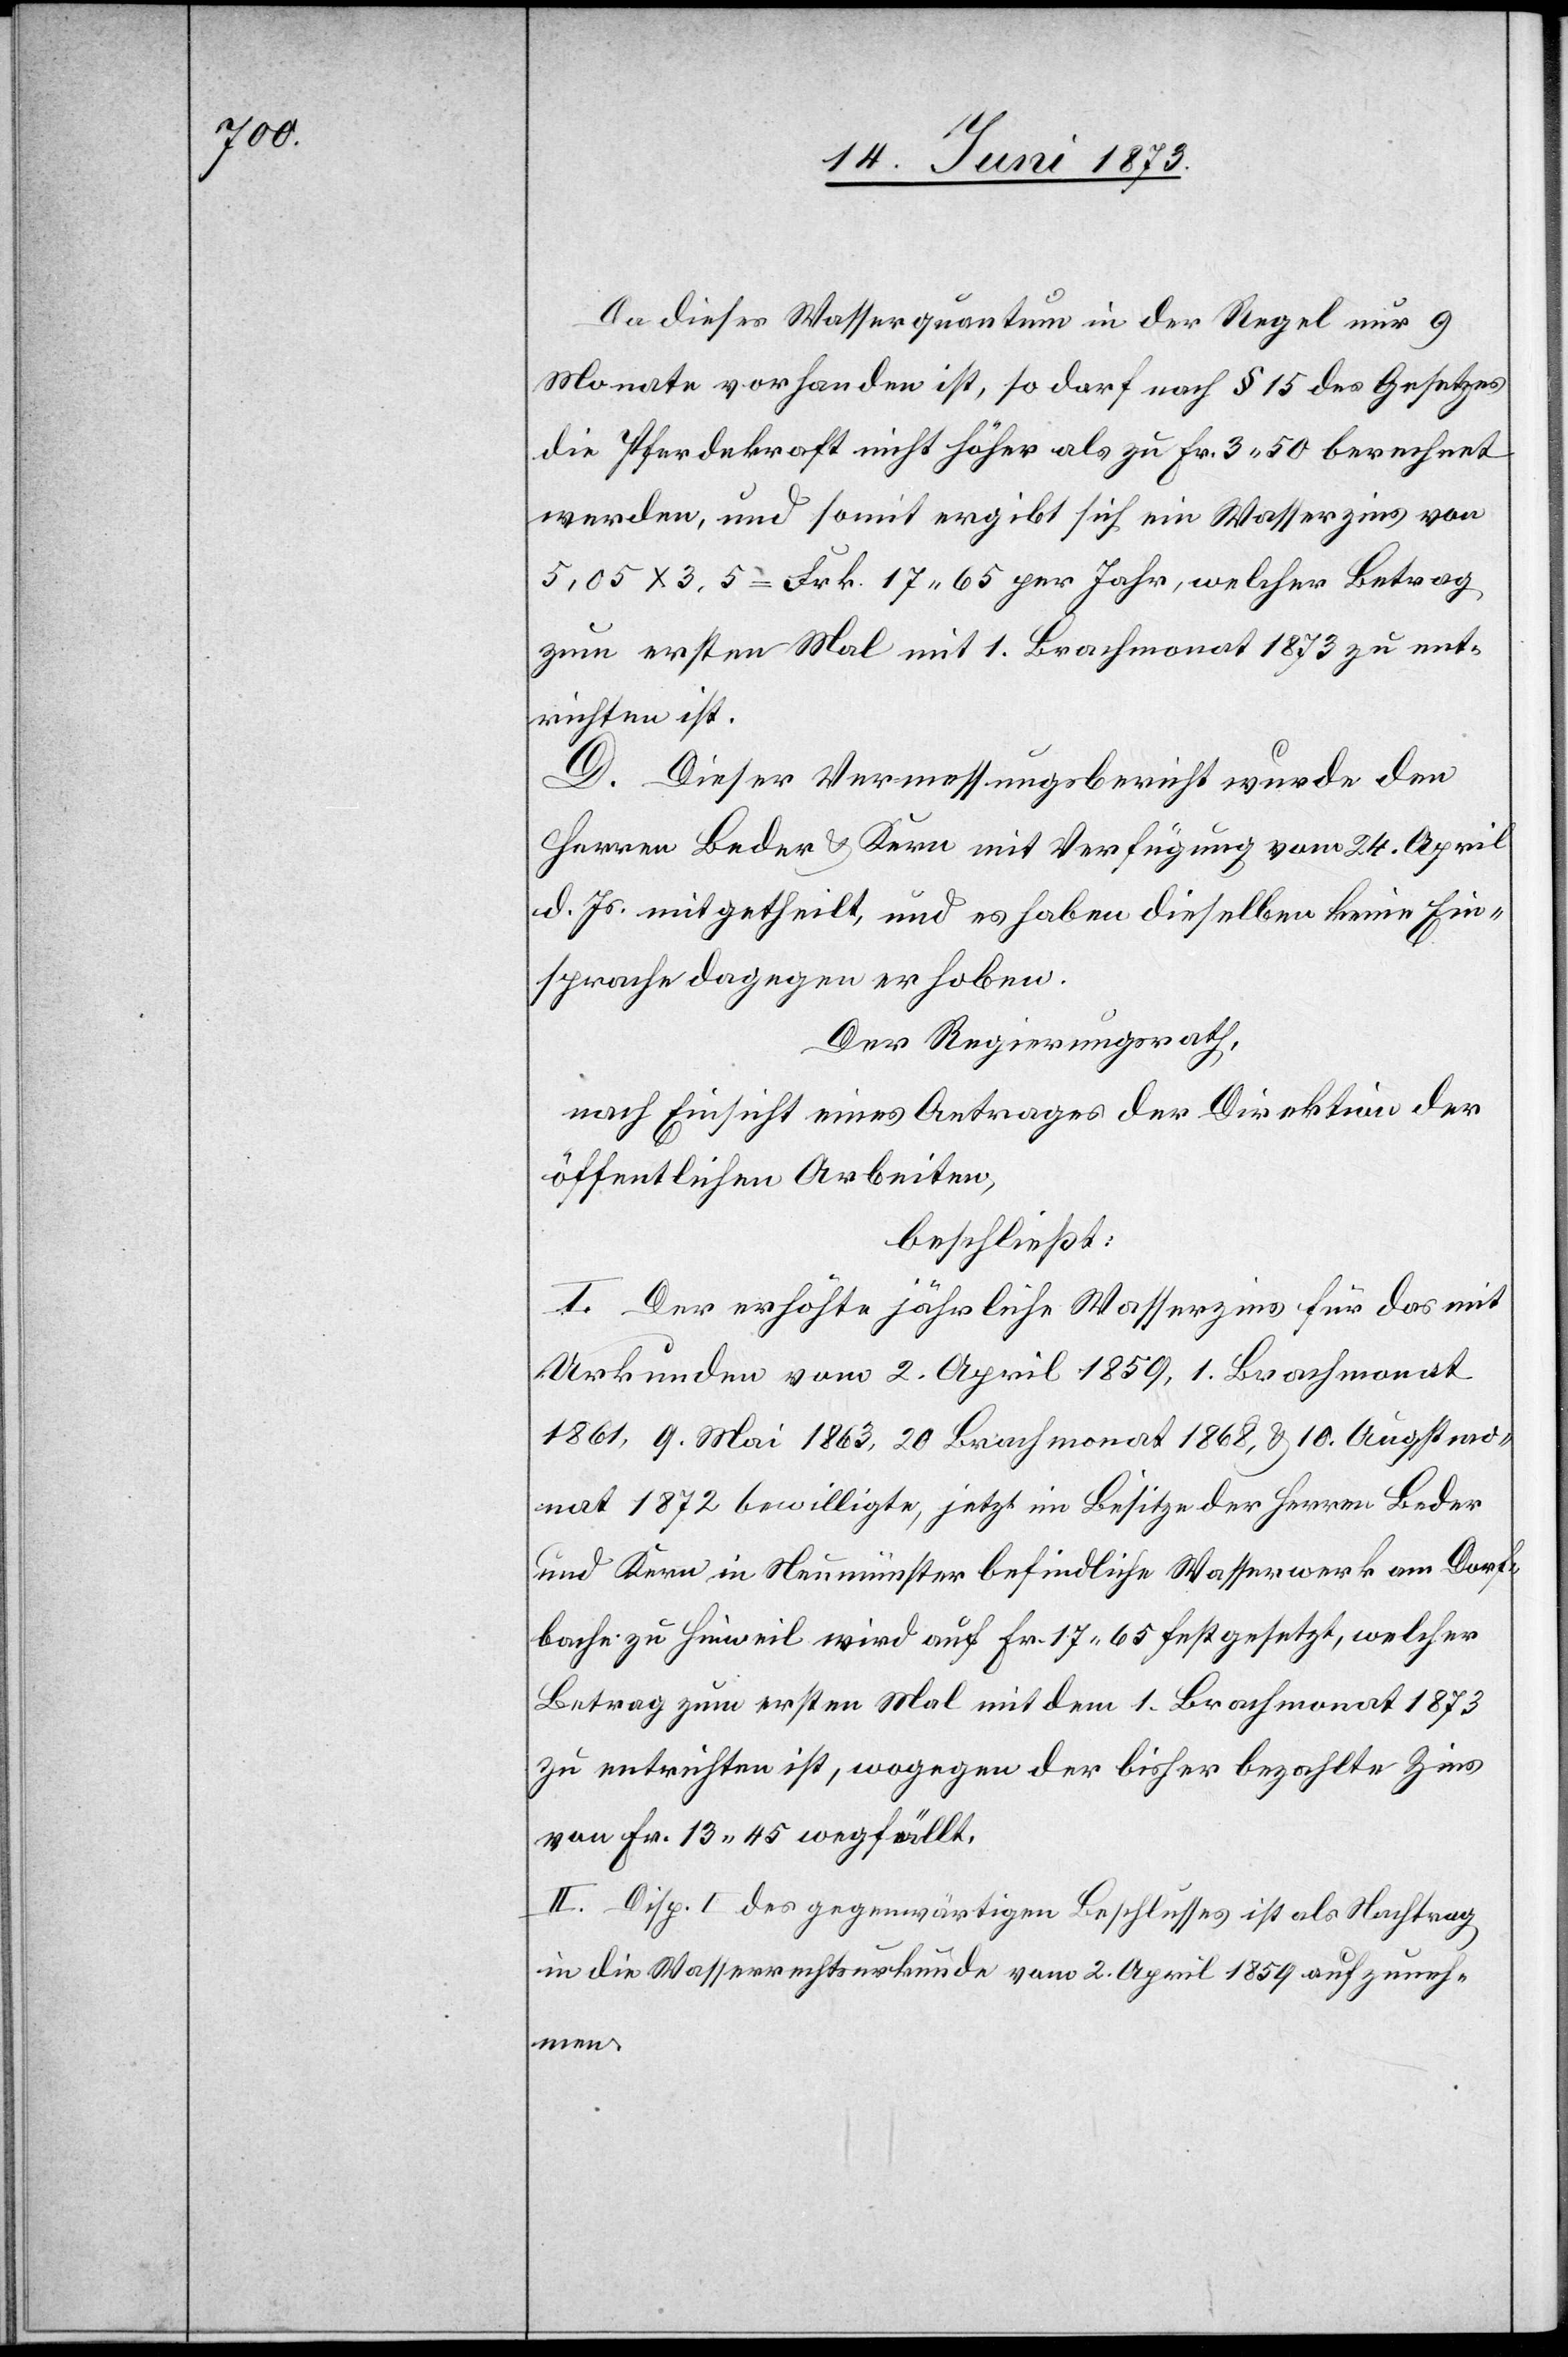
Da dieses Wasserquantum in der Regel nur 9
Monate vorhanden ist, so darf nach § 15 des Gesetzes
die Pferdekraft nicht höher als zu Fr. 3 50 berechnet
werden, und somit ergibt sich ein Wasserzins von
5,05 x 3,5 = Frk. 17 65 per Jahr, welcher Betrag
zum ersten Mal mit 1. Brachmonat 1873 zu ent¬
richten ist.
D. Dieser Vermessungsbericht wurde den
Herren Beder & Kern mit Verfügung vom 24. April
d. Js. mitgetheilt, und es haben dieselben keine Ein¬
sprache dagegen erhoben.
Der Regierungsrath,
nach Einsicht eines Antrages der Direktion der
öffentlichen Arbeiten,
beschließt:
I. Der erhöhte jährliche Wasserzins für das mit
Urkunden vom 2. April 1859, 1. Brachmonat
1861, 9. Mai 1863, 20 Brachmonat 1868, & 10. Augstmo¬
nat 1872 bewilligte, jetzt im Besitze der Herren Beder
und Kern in Neumünster befindliche Wasserwerk am Dorf¬
bache zu Hinweil wird auf Fr. 17 65 festgesetzt, welcher
Betrag zum ersten Mal mit dem 1. Brachmonat 1873
zu entrichten ist, wogegen der bisher bezahlte Zins
von Fr. 13 45 wegfällt.
II. Disp. I des gegenwärtigen Beschlusses ist als Nachtrag
in die Wasserrechtsurkunde vom 2. April 1859 aufzuneh¬
men.